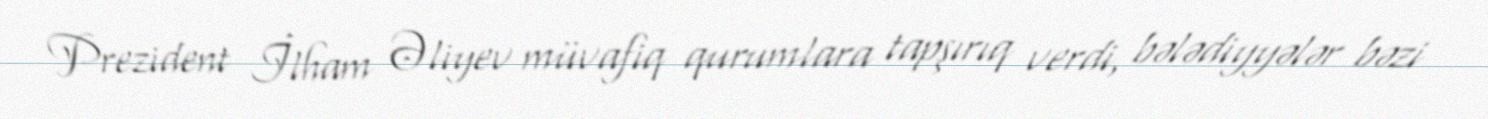
Prezident İlham Əliyev müvafiq qurumlara tapşırıq verdi, bələdiyyələr bəzi